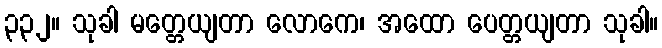
၃၃၂။ သုခါ မတ္တေယျတာ လောကေ၊ အထော ပေတ္တယျတာ သုခါ။